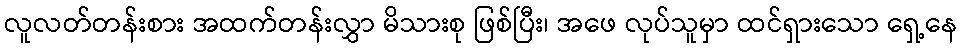
လူလတ်တန်းစား အထက်တန်းလွှာ မိသားစု ဖြစ်ပြီး၊ အဖေ လုပ်သူမှာ ထင်ရှားသော ရှေ့နေ